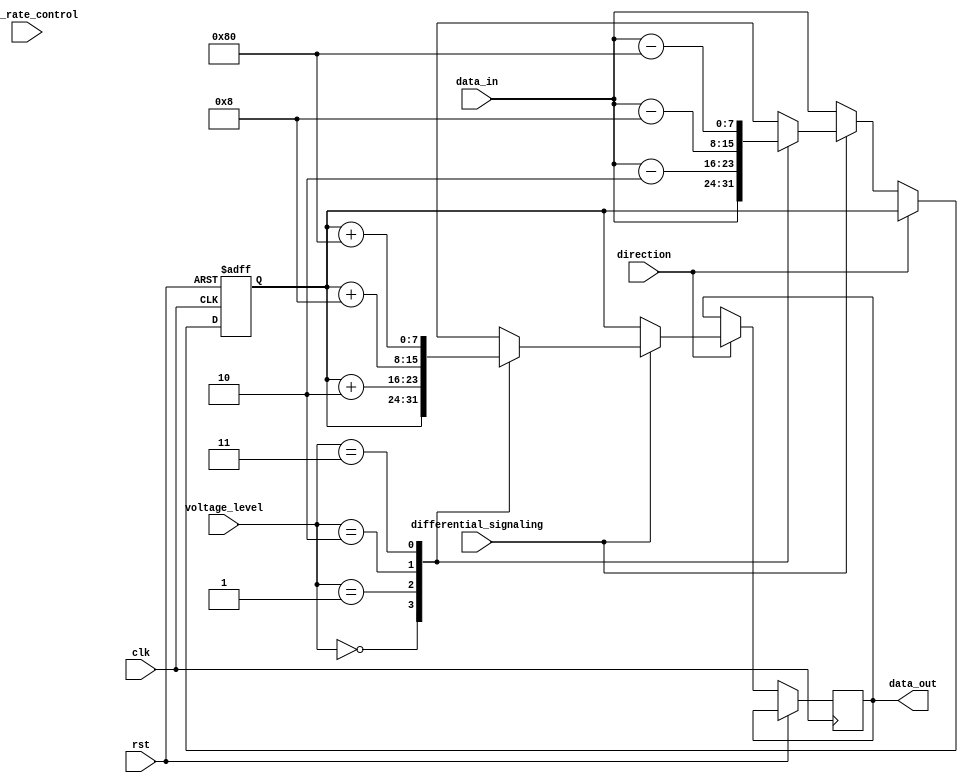
module io_buffer (
    input wire clk,
    input wire rst,
    input wire [7:0] data_in,
    output reg [7:0] data_out,
    input wire direction,
    input wire slew_rate_control,
    input wire [1:0] voltage_level,
    input wire differential_signaling
);

reg [7:0] internal_data;

always @(posedge clk or posedge rst) begin
    if (rst) begin
        internal_data <= 8'h00;
    end else begin
        if (direction) begin
            if (differential_signaling) begin
                case (voltage_level)
                    2'b00: data_out <= internal_data;
                    2'b01: data_out <= internal_data + 2'b10;
                    2'b10: data_out <= internal_data + 4'b1000;
                    2'b11: data_out <= internal_data + 8'b10000000;
                endcase
            end else begin
                data_out <= internal_data;
            end
        end else begin
            if (differential_signaling) begin
                case (voltage_level)
                    2'b00: internal_data <= data_in;
                    2'b01: internal_data <= data_in - 2'b10;
                    2'b10: internal_data <= data_in - 4'b1000;
                    2'b11: internal_data <= data_in - 8'b10000000;
                endcase
            end else begin
                internal_data <= data_in;
            end
        end
    end
end

endmodule